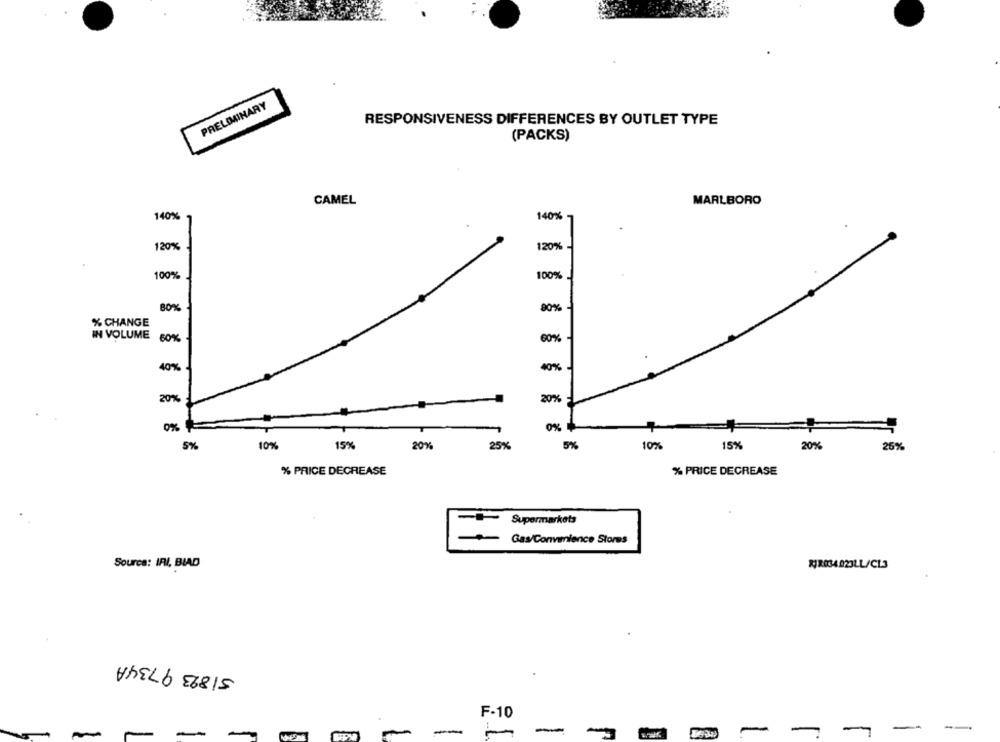
PRELIMINARY
RESPONSIVENESS DIFFERENCES BY OUTLET TYPE
(PACKS)
CAMEL
MARLBORO
140%
140%
120%
120%
100%
100%
80%
80%
% CHANGE
IN VOLUME 60%
60%
40%
40%
20%
20%
0%
0%
5%
10%
15%
20%
25%
5%
10%
15%
20%
26%
% PRICE DECREASE
% PRICE DECREASE
Supermarkets
Gas/Convenience Stores
Source: IRI, BLAD
RIR034.023LL/CL3
51823 9734A
F-10
-
-